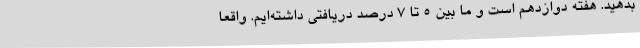
بدهید. هفته دوازدهم است و ما بین 5 تا 7 درصد دریافتی داشته‌ایم. واقعا